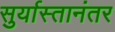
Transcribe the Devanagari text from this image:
सुर्यास्तानंतर